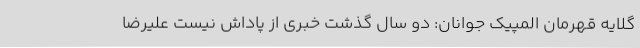
گلایه قهرمان المپیک جوانان: دو سال گذشت خبری از پاداش نیست علیرضا